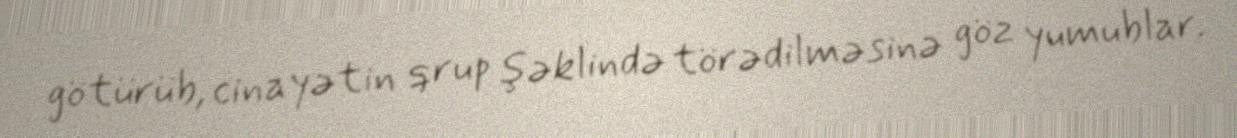
götürüb, cinayətin qrup şəklində törədilməsinə göz yumublar.